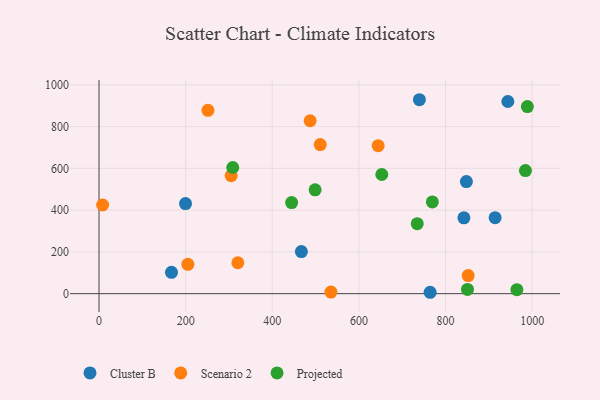
{"axis": {"x": "Engine Size", "y": "Rating"}, "legend": ["Cluster B", "Projected", "Scenario 2"], "data": [{"x": "199.7", "y": 431.5, "type": "Cluster B"}, {"x": "914.5", "y": 363.8, "type": "Cluster B"}, {"x": "467.2", "y": 201.4, "type": "Cluster B"}, {"x": "842.4", "y": 363.2, "type": "Cluster B"}, {"x": "848.2", "y": 536.9, "type": "Cluster B"}, {"x": "167.3", "y": 102.3, "type": "Cluster B"}, {"x": "739.7", "y": 928.7, "type": "Cluster B"}, {"x": "943.9", "y": 920.1, "type": "Cluster B"}, {"x": "764.5", "y": 6.7, "type": "Cluster B"}, {"x": "205.1", "y": 140.3, "type": "Scenario 2"}, {"x": "320.5", "y": 148.1, "type": "Scenario 2"}, {"x": "487.4", "y": 828.1, "type": "Scenario 2"}, {"x": "510.7", "y": 714.0, "type": "Scenario 2"}, {"x": "8.3", "y": 424.7, "type": "Scenario 2"}, {"x": "535.4", "y": 7.8, "type": "Scenario 2"}, {"x": "852.3", "y": 86.5, "type": "Scenario 2"}, {"x": "644.5", "y": 708.8, "type": "Scenario 2"}, {"x": "251.5", "y": 877.8, "type": "Scenario 2"}, {"x": "305.1", "y": 565.1, "type": "Scenario 2"}, {"x": "734.7", "y": 335.4, "type": "Projected"}, {"x": "652.9", "y": 570.7, "type": "Projected"}, {"x": "850.7", "y": 20.5, "type": "Projected"}, {"x": "498.9", "y": 497.1, "type": "Projected"}, {"x": "444.7", "y": 436.4, "type": "Projected"}, {"x": "769.6", "y": 439.4, "type": "Projected"}, {"x": "989.0", "y": 895.7, "type": "Projected"}, {"x": "984.5", "y": 589.5, "type": "Projected"}, {"x": "308.8", "y": 604.1, "type": "Projected"}, {"x": "964.8", "y": 19.1, "type": "Projected"}]}